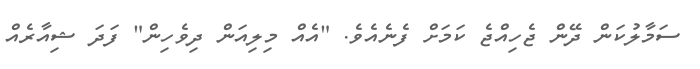
ސަމާލުކަން ދޭން ޖެހިއްޖެ ކަމަށް ފެނެއެވެ. "އެއް މިލިއަން ދިވެހިން" ފަދަ ޝިއާރެއް